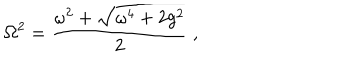
\mathrm { \Omega } ^ { 2 } = { \frac { \omega ^ { 2 } + \sqrt { \omega ^ { 4 } + 2 g ^ { 2 } } } { 2 } } \ ,